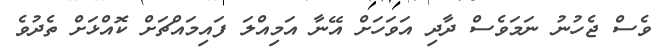
ވެސް ޖެހުނު ނަމަވެސް ދާދި އަވަހަށް އޭނާ އަމިއްލަ ފައިމައްޗަށް ކޮއްޅަށް ތެދުވެ